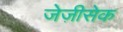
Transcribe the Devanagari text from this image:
जेज़ीसेक